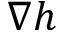
\nabla h